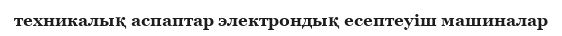
техникалық аспаптар электрондық есептеуіш машиналар